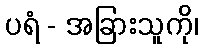
ပရံ - အခြားသူကို၊